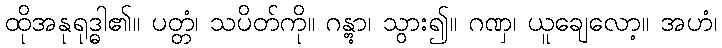
ထိုအနုရုဒ္ဓါ၏။ ပတ္တံ၊ သပိတ်ကို။ ဂန္တွာ၊ သွား၍။ ဂဏှ၊ ယူချေလော့။ အဟံ၊